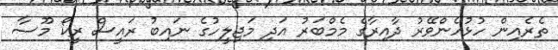
ތެރެއިން ހުޅުހެންވޭރު ދާއިރާގެ މެމްބަރު އަދި މަޖިލީހުގެ ނައިބު ރައީސް ރީކޯ މޫސާ